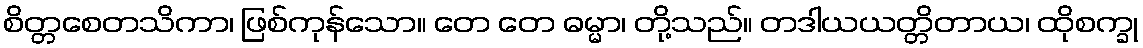
စိတ္တစေတသိကာ၊ ဖြစ်ကုန်သော။ တေ တေ ဓမ္မာ၊ တို့သည်။ တဒါယယတ္တိတာယ၊ ထိုစက္ခု